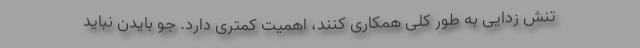
تنش زدایی به طور کلی همکاری کنند، اهمیت کمتری دارد. جو بایدن نباید